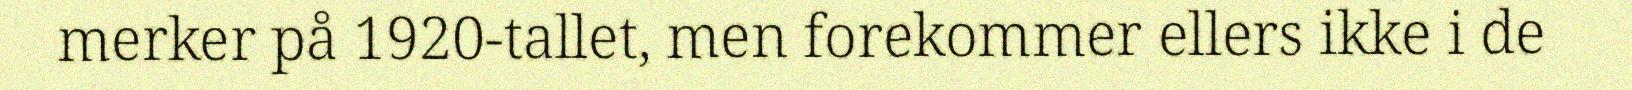
merker på 1920-tallet, men forekommer ellers ikke i de